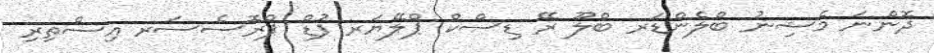
ދޮންނަ މެޝިނު ބްލެންޑަރ ބްލޫ ރޭ ޑިސްކް ޕްލޭޔަރ ފުޑް ޕްރޮސެސަރ އިސްތިރި